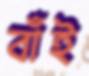
বাঁই